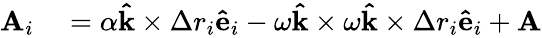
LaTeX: \begin{array}{rl}{\mathbf{A}_{i}}&{{}=\alpha\mathbf{\hat{k}}\times\Delta r_{i}\mathbf{\hat{e}}_{i}-\omega\mathbf{\hat{k}}\times\omega\mathbf{\hat{k}}\times\Delta r_{i}\mathbf{\hat{e}}_{i}+\mathbf{A}}\end{array}